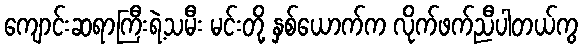
ကျောင်းဆရာကြီးရဲ့သမီး မင်းတို့ နှစ်ယောက်က လိုက်ဖက်ညီပါတယ်ကွ